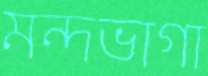
মন্দভাগা